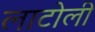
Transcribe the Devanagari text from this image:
लाटोली